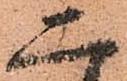
二